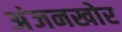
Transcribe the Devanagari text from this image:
अंजनखोर